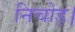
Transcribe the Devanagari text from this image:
निचोड़।